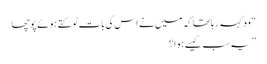
“ وہ کہہ رہا تھا کہ میں نے اس کی بات ٹوکتے ہوئے پوچھا
” یہ سب کیسے ہوا؟